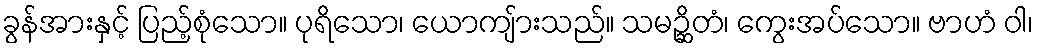
ခွန်အားနှင့် ပြည့်စုံသော။ ပုရိသော၊ ယောကျ်ားသည်။ သမဉ္ဆိတံ၊ ကွေးအပ်သော။ ဗာဟံ ဝါ၊